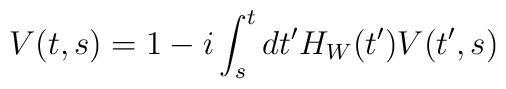
V(t,s)=1-i\int_{s}^{t}dt^{\prime }H_{W}(t^{\prime })V(t^{\prime },s)